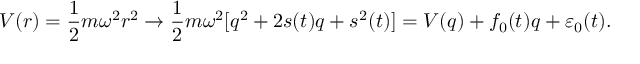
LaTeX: V ( r ) = \frac { 1 } { 2 } m \omega ^ { 2 } r ^ { 2 } \rightarrow \frac { 1 } { 2 } m \omega ^ { 2 } [ q ^ { 2 } + 2 s ( t ) q + s ^ { 2 } ( t ) ] = V ( q ) + f _ { 0 } ( t ) q + \varepsilon _ { 0 } ( t ) .